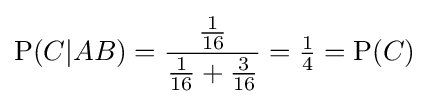
\mathrm {P} (C|AB)={\frac {\frac {1}{16}}{{\frac {1}{16}}+{\frac {3}{16}}}}={\tfrac {1}{4}}=\mathrm {P} (C)